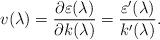
\begin{align*}v(\lambda)=\frac{\partial\varepsilon(\lambda)}{\partial k(\lambda)}=\frac{\varepsilon'(\lambda)}{k'(\lambda)}.\end{align*}